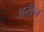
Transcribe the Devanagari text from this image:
अरीन